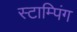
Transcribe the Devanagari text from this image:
स्टाम्पिंग